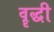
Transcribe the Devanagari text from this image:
वॄद्धी